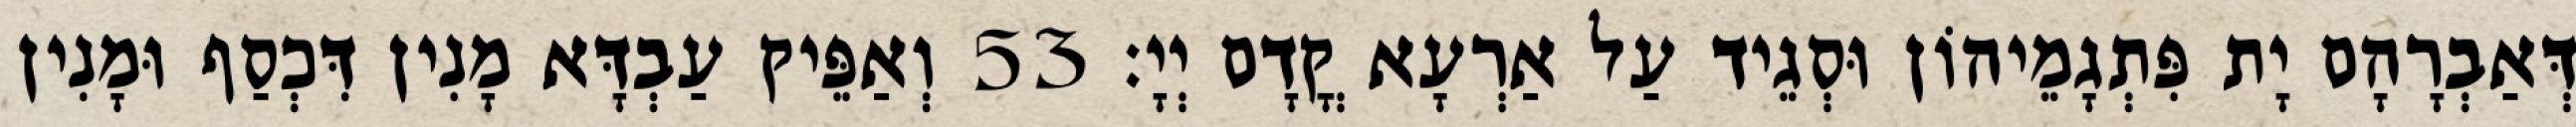
דְּאַבְרָהָם יָת פִּתְגָמֵיהוֹן וּסְגֵיד עַל אַרְעָא קֳדָם יְיָ׃ 53 וְאַפֵּיק עַבְדָּא מָנִין דִּכְסַף וּמָנִין